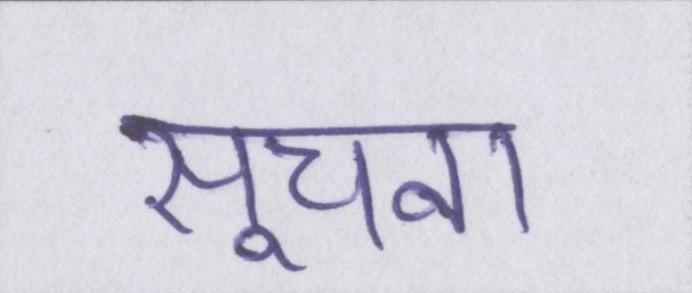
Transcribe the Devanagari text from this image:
सूचना